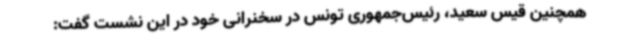
همچنین قیس سعید، رئیس‌جمهوری تونس در سخنرانی خود در این نشست گفت: